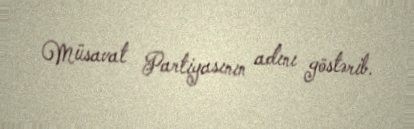
Müsavat Partiyasının adını göstərib.